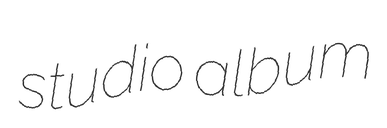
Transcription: studio album